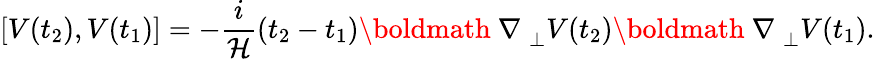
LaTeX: [V(t_{2}),V(t_{1})]=-\frac{i}{{\cal H}}(t_{2}-t_{1})\mathrm{\boldmath~\nabla~}_{\perp}V(t_{2})\mathrm{\boldmath~\nabla~}_{\perp}V(t_{1}).